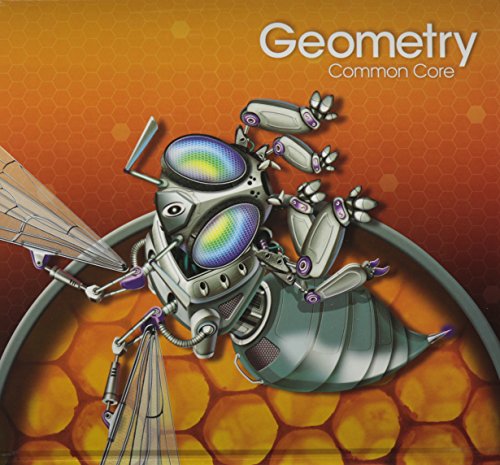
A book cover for HIGH SCHOOL MATH 2015 COMMON CORE GEOMETRY STUDENT EDITION GRADE 9/10; PRENTICE HALL; Education & Teaching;